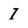
Character: I